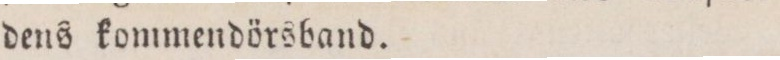
dens kommendörsband.